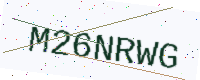
Text: M26NRWG